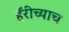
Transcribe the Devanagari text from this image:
हॅरीच्याच